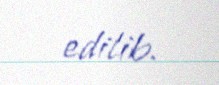
edilib.